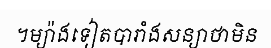
។ម្យ៉ាងទៀតបារាំងសន្យាថាមិន